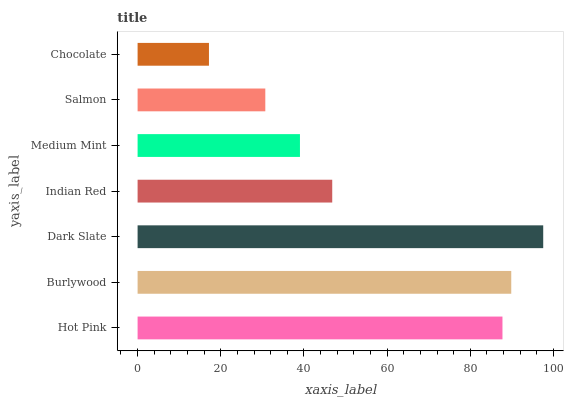
| yaxis_label | bars |
 | --- | --- |
 | Hot Pink | 87.7 |
 | Burlywood | 89.8 |
 | Dark Slate | 97.5 |
 | Indian Red | 46.8 |
 | Medium Mint | 39 |
 | Salmon | 30.7 |
 | Chocolate | 17.2 |